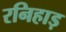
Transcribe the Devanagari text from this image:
रनिहाड़